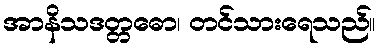
အာနိသဒတ္တဓော၊ တင်သားရေသည်။